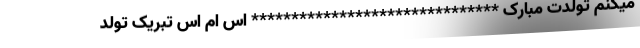
میکنم تولدت مبارک ******************************* اس ام اس تبریک تولد